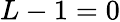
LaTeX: L-1=0